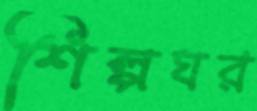
শিল্পঘর